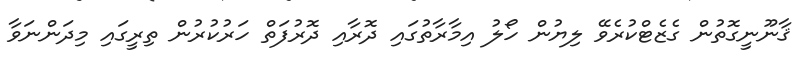
ޤާނޫނީގޮތުން ގެޒެޓްކުރެވޭ ލިޔުން ހޯލު އިމާރާތުގައި ދޮރާއި ދޮރުފަތް ހަރުކުރުން ތިރީގައި މިދަންނަވާ